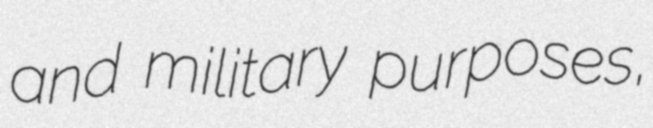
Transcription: and military purposes,